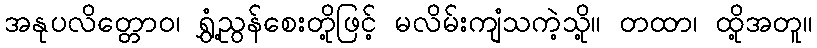
အနုပလိတ္တောဝ၊ ရွှံ့ညွန်စေးတို့ဖြင့် မလိမ်းကျံသကဲ့သို့။ တထာ၊ ထို့အတူ။